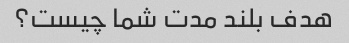
هدف بلند مدت شما چیست؟